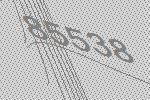
85538